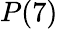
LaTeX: P(7)